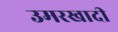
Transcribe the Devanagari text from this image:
उमरखादी